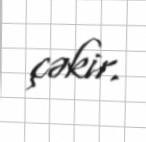
çəkir.